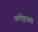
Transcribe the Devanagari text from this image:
अलेइपता